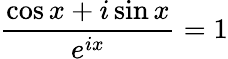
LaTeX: \frac{\cos x+i\sin x}{e^{ix}}=1